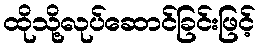
ထိုသို့လုပ်ဆောင်ခြင်းဖြင့်